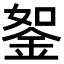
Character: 𨦔